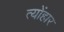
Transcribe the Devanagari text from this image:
त्योंहार